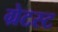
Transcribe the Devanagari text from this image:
ग्रेटस्ट